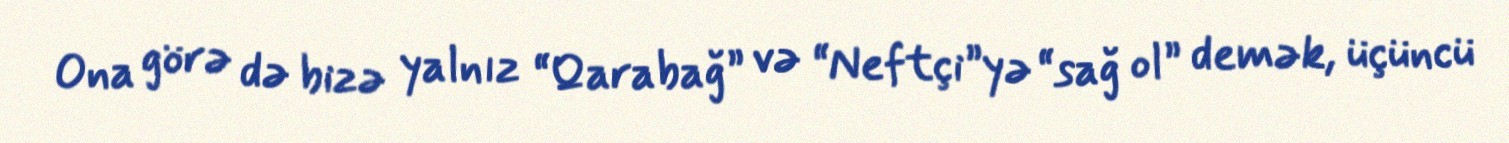
Ona görə də bizə yalnız “Qarabağ” və “Neftçi”yə “sağ ol” demək, üçüncü